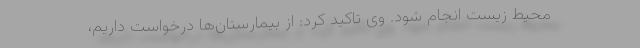
محیط زیست انجام شود. وی تاکید کرد: از بیمارستان‌ها درخواست داریم،